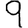
Digit: 9